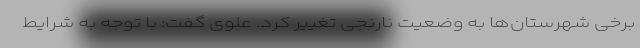
برخی شهرستان‌ها به وضعیت نارنجی تغییر کرد. علوی گفت: با توجه به شرایط